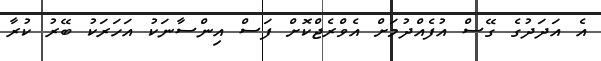
އެ އަދަދުގެ ގޭސް އުފެއްދުމަށް އެވްރެޖްކޮށް ފަސް އިންސާނަކު އަހަރަކު ބޭރު ކުރާ